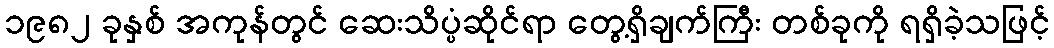
၁၉၈၂ ခုနှစ် အကုန်တွင် ဆေးသိပ္ပံဆိုင်ရာ တွေ့ရှိချက်ကြီး တစ်ခုကို ရရှိခဲ့သဖြင့်